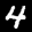
Label: 4